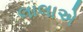
લાલાએ